Account of plague administration in the Bombay Presidency from September 1896 till May 1897
Year: 1896
Disease focus: Plague
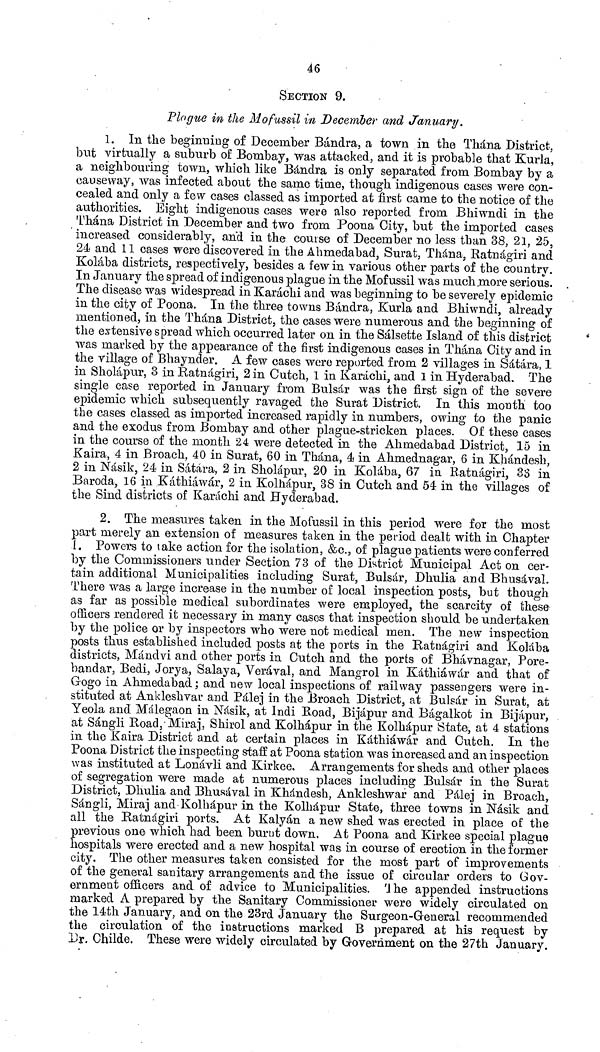
46
SECTION 9.
Plague in the Mofussil in December and January.
1. In the beginning of December Bàndra, a town in the Thàna District,
but virtually a suburb of Bombay, was attacked, and it is probable that Kurla,
a neighbouring town, which like Bàndra is only separated from Bombay by a
causeway, was infected about the same time, though indigenous cases were con-
cealed and only a few cases classed as imported at first came to the notice of the
authorities. Eight indigenous cases were also reported from Bhiwndi in the
Thàna District in December and two from Poona City, but the imported cases
increased considerably, and in the course of December no less than 38, 21, 25,
24 and 11 cases were discovered in the Ahmedabad, Surat, Thana, Ratnagiri and
Kolàba districts, respectively, besides a few in various other parts of the country.
In January the spread of indigenous plague in the Mofussil was much .more serious.
The disease was widespread in Karachi and was beginning to be severely epidemic
in the city of Poona. In the three towns Bàndra, Kurla and Bhiwndi, already
mentioned, in the Thàna District, the cases were numerous and the beginning of
the estensive s pread which occurred later on in the Sàlsette Island of this district
was marked by the appearance of the first indigenous cases in Thana City and in
the village of Bhaynder. A few cases were reported from 2 villages in Sàtàra, 1
in Sholapur, 3 in Ratnagiri, 2 in Cutch, 1 in Karachi, and 1 in Hyderabad. The
single case reported in January from Bulsàr was the first sign of the severe
epidemic which subsequently ravaged the Surat District. In this month too
the cases classed as imported increased rapidly in numbers, owing to the panic
and the exodus from Bombay and other plague-stricken places. Of these cases
in the course of the month 24 were detected in the Ahmedabad District, 15 in
Kaira, 4 in Broach, 40 in Surat, 60 in Thàna, 4 in Ahmednagar, 6 in Khàndesh,
2 in Nàsik, 24 in Sàtàra, 2 in Sholapur, 20 in Kolàba, 67 in Ratnagiri, 33 in
Baroda, 16 in Kàthiàwar, 2 in Kolhàpur, 38 in Cutch and 54 in the villages of
the Sind districts of Karachi and Hyderabad.
2. The measures taken in the Mofussil in this period were for the most
part merely an extension of measures taken in the period dealt with in Chapter
I. Powers to take action for the isolation, &c., of plague patients were conferred
by the Commissioners under Section 73 of the District Municipal Act on cer-
tain additional Municipalities including Surat, Bulsàr, Dhulia and Bhusàval.
There was a large increase in the number of local inspection posts, but though
as far as possible medical subordinates were employed, the scarcity of these
officers rendered it necessary in many cases that inspection should be undertaken
by the police or by inspectors who were not medical men. The new inspection
posts thus established included posts at the ports in the Ratnagiri and Kolaba
districts, Màndvi and other ports in Cutch and the ports of Bhavnagar, Pore-
bandar, Bedi, Jorya, Salaya, Veràval, and Mangrol in Kathiàwàr and that of
Gogò in Ahmedabad; and new local inspections of railway passengers were in-
stituted at Ankleshvar and Pàlej in the Broach District, at Bulsàr in Surat, at
Yeola and Màlegaon in Nàsik, at Indi Road, Bijàpur and Bagalkot in Bijàpur,
at Sàngli Road, Miraj, Shirol and Kolhàpur in the Kolhàpur State, at 4 stations
in the Kaira District and at certain places in Kathiàwàr and Cufcch. In the
Poona District the inspecting staff at Poona station was increased and an inspection
was instituted at Lonàvli and Kirkee. Arrangements for sheds and other places
of segregation were made at numerous places including Bulsàr in the Surat
District, Dhulia and Bhusa"val in Khàndesh, Anldeshwaf and Pale] in Broach,
Sàngli, Miraj and Kolhàpur in the Kolhàpur State, three towns in Nàsik and
all the Ratnagiri ports. At Kalyàn a new shed was erected in place of the
previous one which had been burnt down. At Poona and Kirkee special plague
hospitals were erected and a new hospital was in course of erection in the former
city. The other measures taken consisted for the most part of improvements
of the general sanitary arrangements and the issue of circular orders to Gov-
ernment officers and of advice to Municipalities. 1he appended instructions
marked A prepared by the Sanitary Commissioner were widely circulated on
the 14th January, and on the 23rd January the Surgeon-General recommended
the circulation of the instructions marked Β prepared at his request by
Ur. Childe. These were widely circulated by Government on the 27th January.